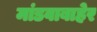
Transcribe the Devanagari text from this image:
मांडवाबाहेर